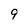
Character: 9